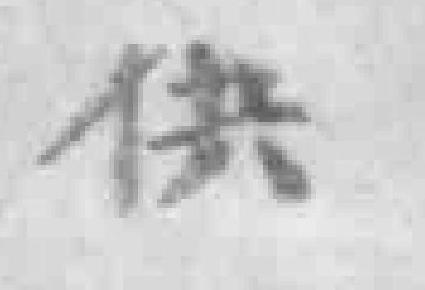
供